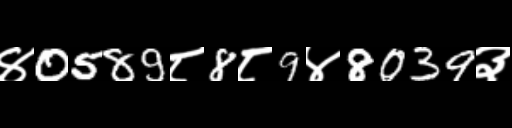
Text: ४0589८8८9४8039३